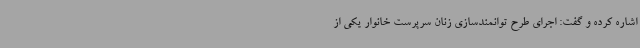
اشاره کرده و گفت: اجرای طرح توانمندسازی زنان سرپرست خانوار یکی از